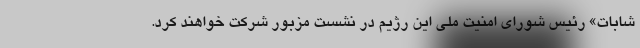
شابات» رئیس شورای امنیت ملی این رژیم در نشست مزبور شرکت خواهند کرد.